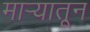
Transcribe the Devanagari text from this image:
मार्‍यातून